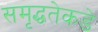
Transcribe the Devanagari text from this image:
समृद्धतेकडे